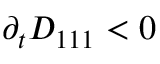
\partial _ { t } D _ { 1 1 1 } < 0